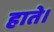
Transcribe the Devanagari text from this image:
हाते।